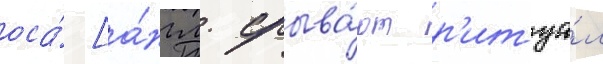
оса́ [а́нгл. срыва́ют р'итуа́л